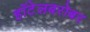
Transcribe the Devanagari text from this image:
हॉटेलबरोबर